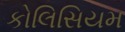
કોલિસિયમ